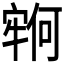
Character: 𫳵